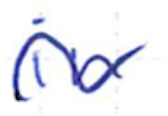
Text: in
Cross-out: wave
Writing tool: ballpoint